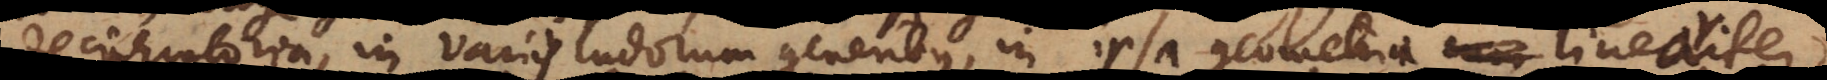
deciphratoria, in variis ludorum generibus, in ipsa geometria lineari